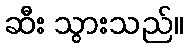
ဆီး သွားသည်။